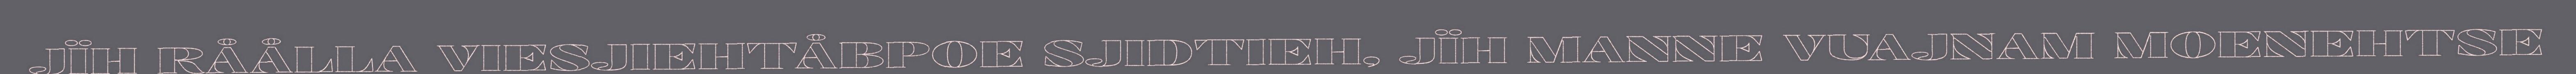
JÏH RÅÅLLA VIESJIEHTÅBPOE SJIDTIEH, JÏH MANNE VUAJNAM MOENEHTSE